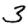
Digit: 3